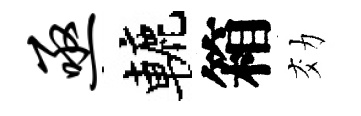
亟轆箱効